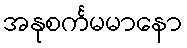
အနုစင်္ကမမာနော